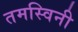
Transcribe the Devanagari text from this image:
तमस्विनी